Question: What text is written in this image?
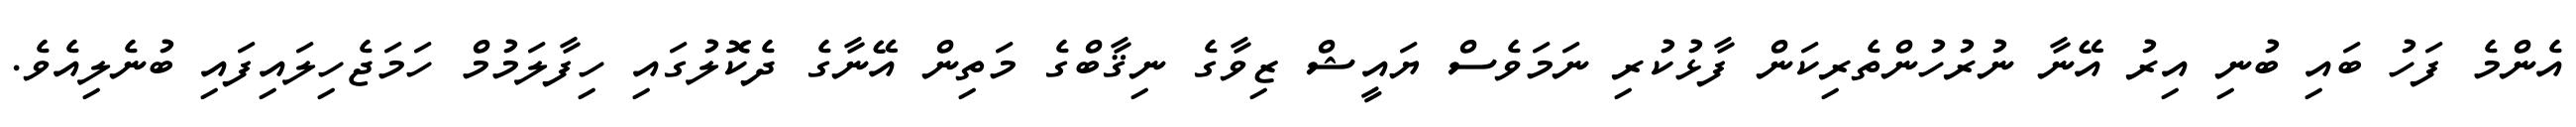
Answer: އެންމެ ފަހު ބައި ބުނި އިރު އޭނާ ނުރުހުންތެރިކަން ފާޅުކުރި ނަމަވެސް ޔައީޝް ޒިވާގެ ނިޤާބްގެ މަތިން އޭނާގެ ދެކޮލުގައި ހިފާލަމުމް ހަމަޖެހިލައިފައި ބުނެލިއެވެ.